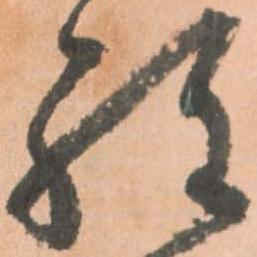
程